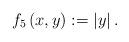
LaTeX: \begin{align*}f_{5}\left( x,y\right) :=\left\vert y\right\vert . \end{align*}